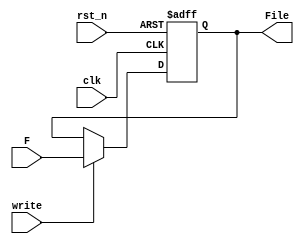
`timescale 1ns / 1ps
module Reg(input [31:0]F,input clk,input rst_n,input write,
output reg[31:0]File);
    always @(negedge rst_n or posedge clk) begin
        if(!rst_n)
        File<=0;
        else if(write==1)
        File<=F;
        else ;
    end
endmodule